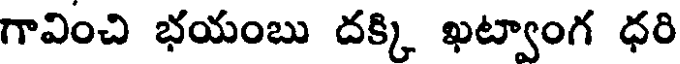
గావించి భయంబు దక్కి ఖట్వాంగ ధరి